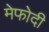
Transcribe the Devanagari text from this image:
मेफोदी